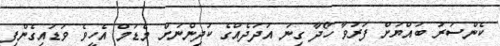
ކެންސަރު ބައްޔަށް ފަރުވާ ހޯދާ ގިނަ އަދަދެއްގެ ކުދިންނަށް މެޑަމް އެހީވެ ވަޑައިގެންފި